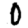
Digit: 0